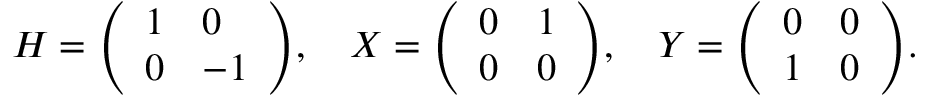
H = { \left( \begin{array} { l l } { 1 } & { 0 } \\ { 0 } & { - 1 } \end{array} \right) } , \quad X = { \left( \begin{array} { l l } { 0 } & { 1 } \\ { 0 } & { 0 } \end{array} \right) } , \quad Y = { \left( \begin{array} { l l } { 0 } & { 0 } \\ { 1 } & { 0 } \end{array} \right) } .